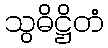
သွဓိဋ္ဌိတံ